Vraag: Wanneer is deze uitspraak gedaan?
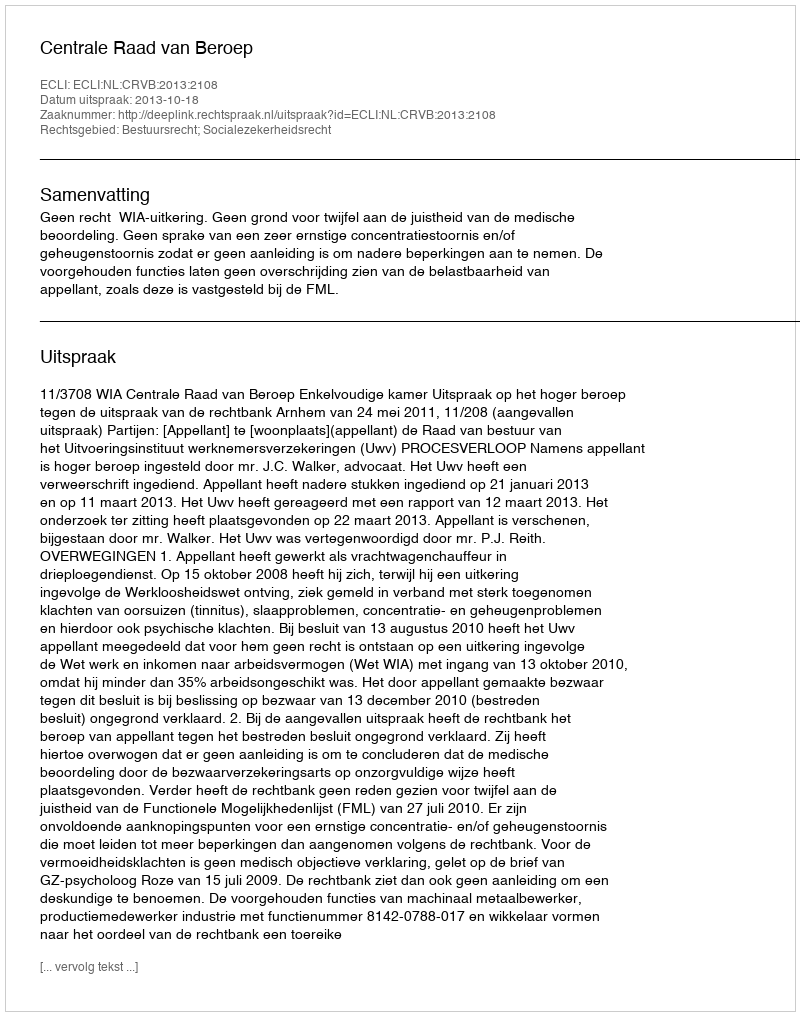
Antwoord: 2013-10-18